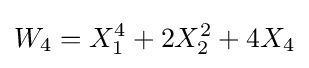
W_{4}=X_{1}^{4}+2X_{2}^{2}+4X_{4}